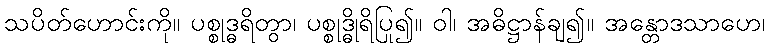
သပိတ်ဟောင်းကို။ ပစ္စုဒ္ဓရိတွာ၊ ပစ္စုဒ္ဓိုရိပြု၍။ ဝါ၊ အဓိဋ္ဌာန်ချ၍။ အန္တောဒသာဟေ၊